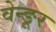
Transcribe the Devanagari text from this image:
वेन्ङूर